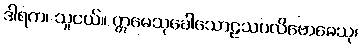
ဒါရက၊ သူငယ်။ ဣမေသုခေါသောဠသပလိဗောဓေသု၊